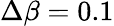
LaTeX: \Delta\beta=0.1